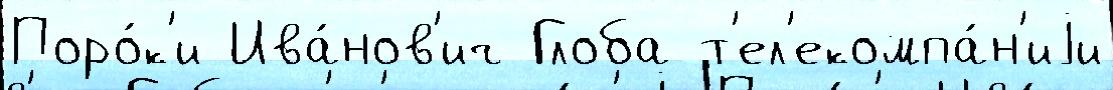
Поро́к'и Ива́нов'ич Глоба т'ел'екомпа́н'иjи